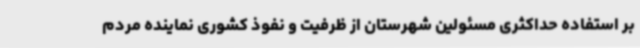
بر استفاده حداکثری مسئولین شهرستان از ظرفیت و نفوذ کشوری نماینده مردم